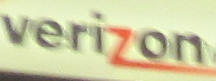
VERIZON